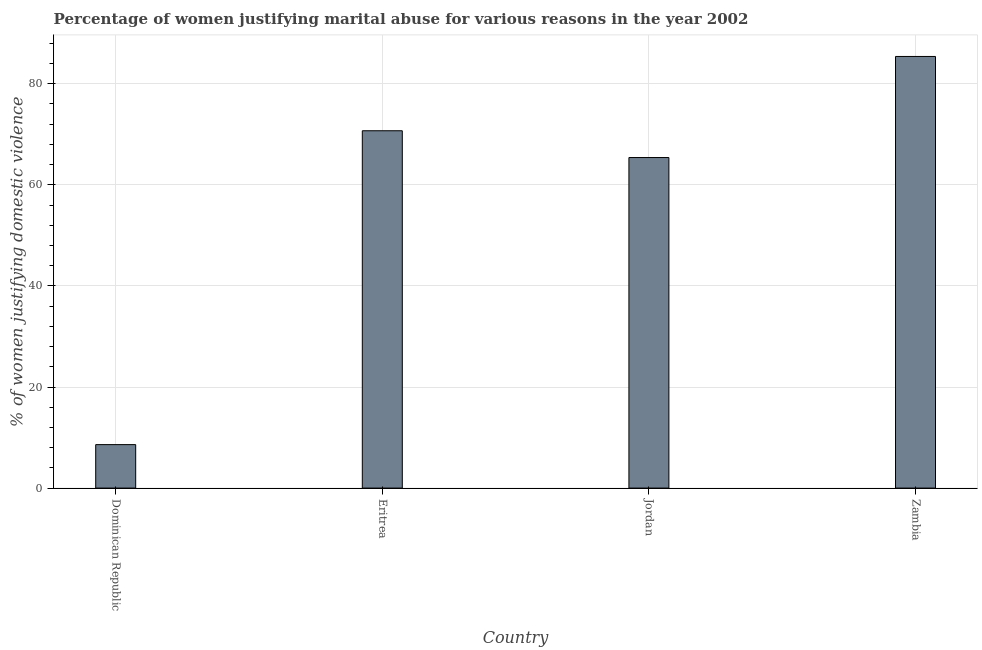
| Country | Physical abuse |
 | --- | --- |
 | Dominican Republic | 8.6 |
 | Eritrea | 70.7 |
 | Jordan | 65.4 |
 | Zambia | 85.4 |